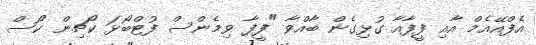
އެފްއޭއެމް އާއި ފީފާއާ ގުޅިގެން ބާއްވާ "ފީފާ ވިމެންސް ފުޓްބޯޅަ ކޯޗިން ކޯސް